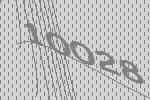
10028